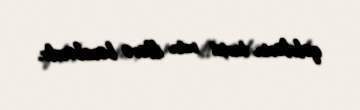
qəbrlərin tarixi min illərə bərabərdir.